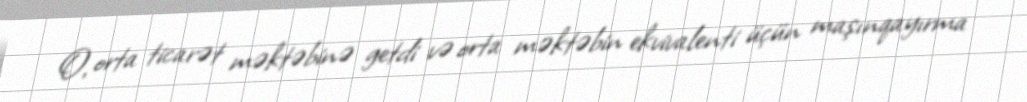
O, orta ticarət məktəbinə getdi və orta məktəbin ekvivalenti üçün maşınqayırma